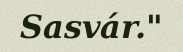
Sasvár."